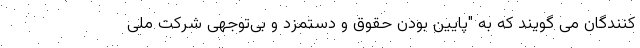
کنندگان می گویند که به "پایین بودن حقوق و دستمزد و بی‌توجهی شرکت ملی